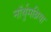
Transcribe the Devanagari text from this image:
नॉर्थुमब्रिया